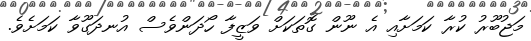
މަޖުބޫރު ކުރާ ކަމަށާއި އެ ނޫން ގޮތަކަށް ވަޒީފާ ހޯދަންވެސް އުނދަގޫވާ ކަމަށެވެ.